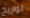
تواريخ